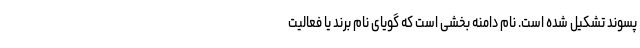
پسوند تشکیل شده است. نام دامنه بخشی است که گویای نام برند یا فعالیت